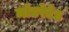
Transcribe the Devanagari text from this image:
मॉडरेटेड